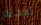
ضحيه